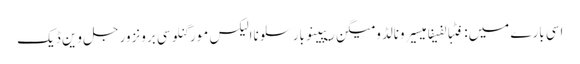
اسی بارے میں: فٹبالفیفامیسیرونالڈومیگن ریپینوبارسلوناالیکس مورگنلوسی برونزورجل وین ڈیک